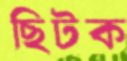
ছিটক